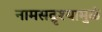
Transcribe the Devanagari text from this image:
नामसद्रृश्यामुळं